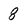
Character: 8